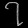
Digit: ၇